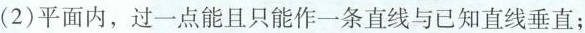
(2)平面内，过一点能且只能作一条直线与已知直线垂直；